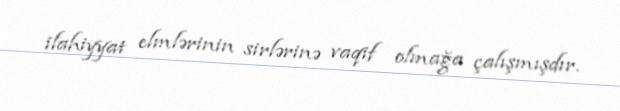
ilahiyyat elmlərinin sirlərinə vaqif olmağa çalışmışdır.